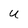
Character: U